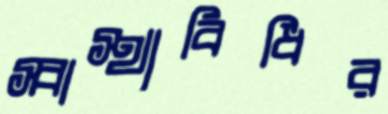
স্বাস্থ্যবিধির